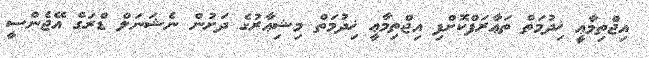
އިޖްތިމާޢީ ޚިދުމަތް ތަޢާރަފްކޮށްފި އިޖްތިމާޢީ ޚިދުމަތް މިޝިޢާރުގެ ދަށުން ނެޝަނަލް ޑްރަގް އޭޖެންސީ